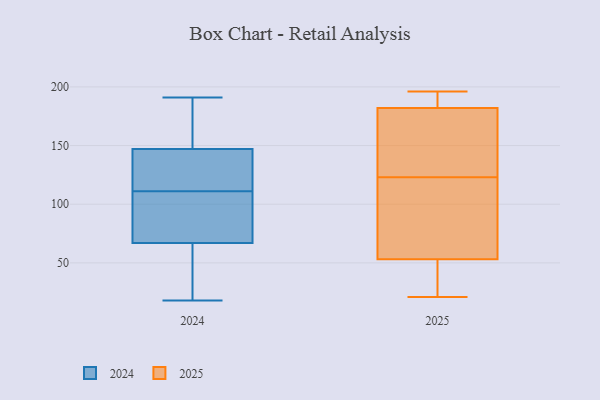
{"axis": {"x": "Customer Acquisition Cost (USD)", "y": "Value"}, "legend": ["2024", "2025"], "data": [{"x": "", "y": 72, "type": "2025"}, {"x": "", "y": 140, "type": "2025"}, {"x": "", "y": 32, "type": "2025"}, {"x": "", "y": 193, "type": "2025"}, {"x": "", "y": 115, "type": "2025"}, {"x": "", "y": 182, "type": "2025"}, {"x": "", "y": 89, "type": "2025"}, {"x": "", "y": 50, "type": "2025"}, {"x": "", "y": 151, "type": "2025"}, {"x": "", "y": 53, "type": "2025"}, {"x": "", "y": 196, "type": "2025"}, {"x": "", "y": 21, "type": "2025"}, {"x": "", "y": 137, "type": "2025"}, {"x": "", "y": 130, "type": "2025"}, {"x": "", "y": 116, "type": "2025"}, {"x": "", "y": 37, "type": "2025"}, {"x": "", "y": 182, "type": "2025"}, {"x": "", "y": 186, "type": "2025"}, {"x": "", "y": 111, "type": "2024"}, {"x": "", "y": 50, "type": "2024"}, {"x": "", "y": 89, "type": "2024"}, {"x": "", "y": 159, "type": "2024"}, {"x": "", "y": 191, "type": "2024"}, {"x": "", "y": 59, "type": "2024"}, {"x": "", "y": 111, "type": "2024"}, {"x": "", "y": 149, "type": "2024"}, {"x": "", "y": 18, "type": "2024"}, {"x": "", "y": 148, "type": "2024"}, {"x": "", "y": 142, "type": "2024"}, {"x": "", "y": 147, "type": "2024"}, {"x": "", "y": 102, "type": "2024"}, {"x": "", "y": 56, "type": "2024"}, {"x": "", "y": 44, "type": "2024"}, {"x": "", "y": 127, "type": "2024"}, {"x": "", "y": 76, "type": "2024"}, {"x": "", "y": 75, "type": "2024"}, {"x": "", "y": 147, "type": "2024"}, {"x": "", "y": 142, "type": "2024"}]}